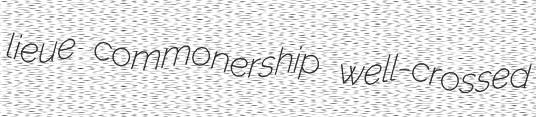
lieue commonership well-crossed